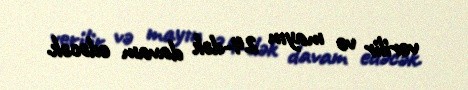
verilir və mayın 24-dək davam edəcək.